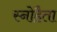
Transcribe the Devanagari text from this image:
स्नोहैता